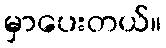
မှာပေးတယ်။